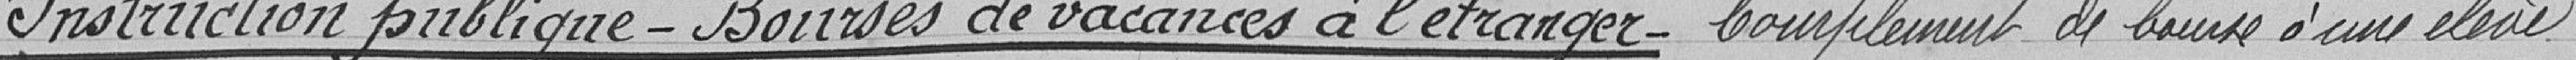
Instruction publique - Bourses de vacances à l'étranger - Complément de bourse à une élève